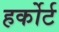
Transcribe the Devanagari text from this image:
हर्कोर्ट